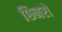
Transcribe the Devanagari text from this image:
छिनरो